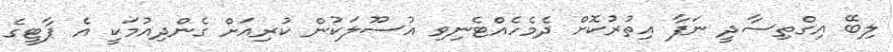
ލިބޭ އިގްތިސާދީ ނަފާ އިތުރުކޮށް ދެމެހެއްޓެނިވި އުސޫލަކުން ކުރިއަށް ގެންދިއުމަކީ އެ ޕާޓީގެ